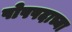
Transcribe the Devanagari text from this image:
पोपपदाच्या